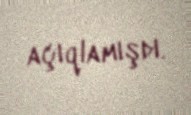
açıqlamışdı.